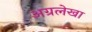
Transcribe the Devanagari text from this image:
अग्रलेखा